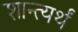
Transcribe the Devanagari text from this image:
शान्त्यर्थं